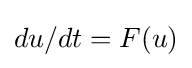
du/dt=F(u)